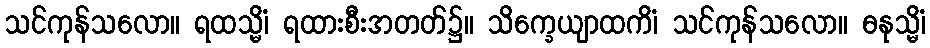
သင်ကုန်သလော။ ရထသ္မိံ၊ ရထားစီးအတတ်၌။ သိက္ခေယျာထကိံ၊ သင်ကုန်သလော။ ဓနုသ္မိံ၊